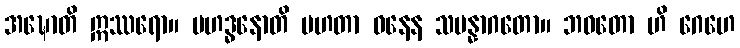
အဍ္ဎောတိ ဣဿရော။ မဟဒ္ဓနောတိ မဟတာ ဓနေန သမန္နာဂတော။ ဘဝတော ဟိ ဂေဟေ